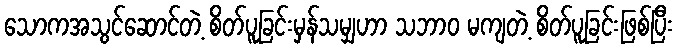
သောကအသွင်ဆောင်တဲ့ စိတ်ပူခြင်းမှန်သမျှဟာ သဘာဝ မကျတဲ့ စိတ်ပူခြင်းဖြစ်ပြီး